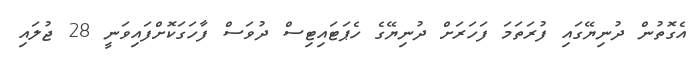
އެގޮތުން ދުނިޔޭގައި ފުރަތަމަ ފަހަރަށް ދުނިޔޭގެ ހެޕަޓައިޓިސް ދުވަސް ފާހަގަކޮށްފައިވަނީ 28 ޖުލައި